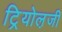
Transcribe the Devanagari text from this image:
ट्रियोल़जी